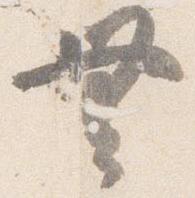
無